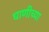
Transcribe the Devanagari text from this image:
घाणीच्या